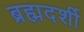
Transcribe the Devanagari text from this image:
ब्रह्मदर्शी